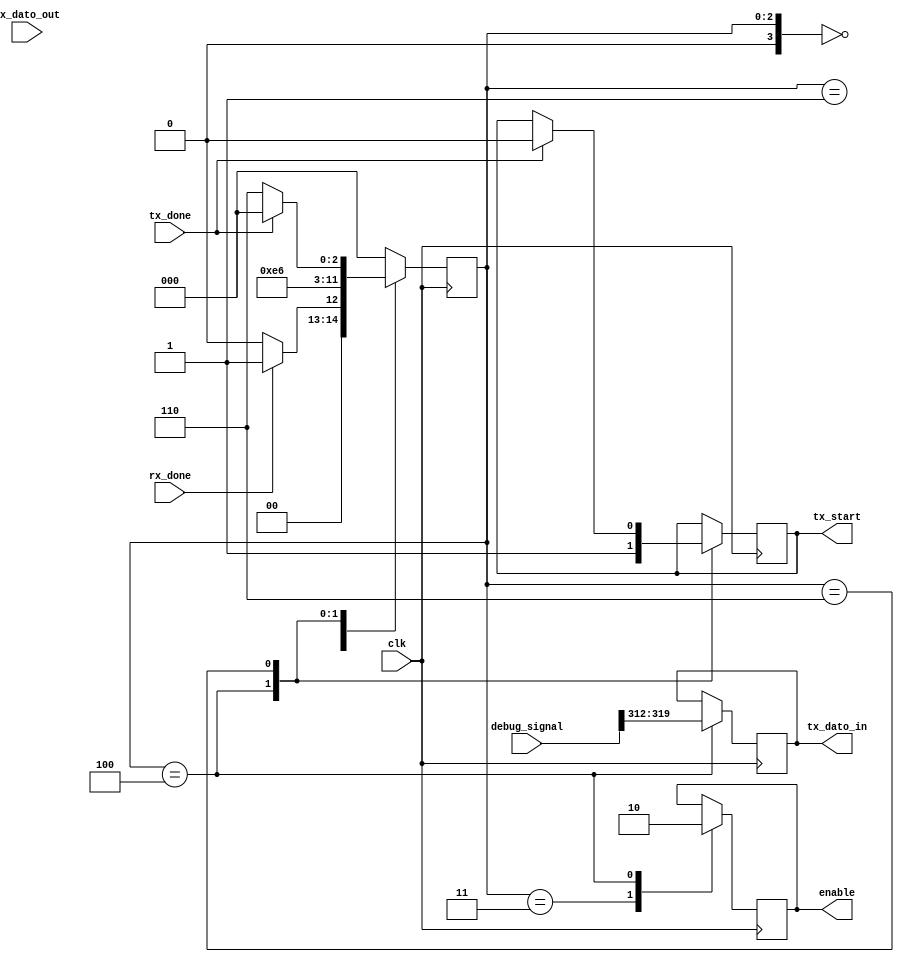
`timescale 1ns / 1ps
//////////////////////////////////////////////////////////////////////////////////
// Company: 
// Engineer: 
// 
// Design Name: 
// Module Name:    debug_unit 
// Project Name: 
// Target Devices: 
// Tool versions: 
// Description: 
//
// Dependencies: 
//
// Revision: 
// Revision 0.01 - File Created
// Additional Comments: 
//
//////////////////////////////////////////////////////////////////////////////////
`define D_BIT 7 //Por ser de 0 a 7 son 8 bits.
`define	DEBUG 321 //+1
`define NUM_BYTES 40

module debug_unit(
										input clk,
										input [`D_BIT:0] rx_dato_out, //Recibido desde RX
										input rx_done,
										input tx_done,
										input [`DEBUG:0] debug_signal,
										//nput [9:0] PC_plus_1,
										output reg enable,
										output reg [`D_BIT:0] tx_dato_in, //Enviado a TX
										//output wire [`D_BIT:0] tx_dato_in, //Enviado a TX
										output reg tx_start
										);

localparam [3:0]		IDLE = 4'b0000,
									CONT1 = 4'b0001,
									CONT2 = 4'b0010,
									STEP1 = 4'b0011,
									STEP2 = 4'b0100,
									STEP3 = 4'b0101,
									SEND1 = 4'b0110,
									SEND2 = 4'b0111,
									DECODE = 4'b1000,
									SEND3 = 4'b1001;								


reg [`DEBUG:0] buffer;
reg [7:0] contador;
reg [7:0] contador_instruc;
reg [3:0] estado_actual;
reg [7:0] rx_dato_aux;
//assign rx_dato_aux=rx_dato_out;
initial
	begin
		tx_start <= 0;
		tx_dato_in <= 0;
		enable <= 0;
		buffer <= 0;
		contador <= 0;
		contador_instruc <= 0;
		estado_actual <= IDLE;
	end
						  
always @ (posedge clk)
case(estado_actual)
			IDLE:
				begin
				rx_dato_aux=rx_dato_out;
					if(rx_done == 1)
						begin
							estado_actual = CONT1; //Se cambia de estado.
						end
					else
						begin
							estado_actual = IDLE; //Mantiene el estado. 
						end
				end
			CONT1:
				begin					
					//if(rx_done == 0)	//PORQUE SI SE SACA ESTE IF TIRA CUALQUIER COSA?
							//begin

								/*begin
									tx_dato_in = rx_dato_out;
									tx_start = 1;
									estado_actual = SEND1;
								end*/

									if(rx_dato_aux == "s")
										begin
											//tx_dato_in = "p";
											//tx_start = 1;
											estado_actual = STEP1;
										end
									else if(rx_dato_aux == "c")
										begin
											//tx_dato_in = "0";
											//tx_start = 1;
											estado_actual = STEP1;
										end
							else 
									begin
										estado_actual = STEP1;
									end
					/*	
						end
					else
							estado_actual = IDLE;
							*/
				end
			STEP1:
				begin
				enable =1;
				estado_actual = STEP2;
				end
			STEP2:
				begin
				enable = 0;
				tx_dato_in = debug_signal[`DEBUG-2:`DEBUG-9];
				estado_actual = SEND1;
				tx_start = 1;
				end	
			SEND1:
				begin
					if(tx_done == 1)
						begin
							tx_start = 0;
							estado_actual = IDLE;
						end
					else 
						begin
							estado_actual = SEND1;
						end
				end
			default:
				begin
					estado_actual = IDLE;
				end
		endcase

/*
	always@(posedge clk) 
		begin
			//tx_start <= 0;
			case (estado_actual)
			IDLE:
				begin
					tx_start <= 0;
					if(rx_done == 1)
						begin
							estado_actual <= DECODE; //Se cambia de estado.
						end
					else
						begin
							estado_actual <= IDLE; //Mantiene el estado. 
						end
				end
			DECODE:
				begin					
					if(rx_done == 0)	//PORQUE SI SE SACA ESTE IF TIRA CUALQUIER COSA?
						begin

*/

							/*begin
								tx_dato_in = rx_dato_out;
								tx_start = 1;
								estado_actual = SEND1;
							end*/

/*

						if(rx_dato_out == "c")
							begin
								//buffer <= "p";
								//tx_start <= 1;
								//contador <= 1;
								estado_actual <= CONT1;
							end
						else if(rx_dato_out == "s")
							begin
								//buffer <= "0";
								//tx_start <= 1;
								//contador <= 1;
								estado_actual <= STEP1;
							end
						else 
								begin
									estado_actual <= IDLE;
								end
					end
				end
			
			CONT1: 
				begin
					enable <= 1;
	*/
					//Se espera a terminar la ejecucion
					/*if(debug_signal[`DEBUG:`DEBUG-9] < 62)
						estado_actual <= CONT1;
					else
						estado_actual <= CONT2;*/
	/*				if(contador_instruc > 0)
						begin
							estado_actual <= CONT1;
							contador_instruc <= 1'b1;
						end
					else
						begin
							estado_actual <= CONT2;
							contador_instruc <= 0;
						end
				end
			
			CONT2: 
				begin
					enable <= 0;		
					buffer <= debug_signal;
					contador <= `NUM_BYTES;	//Da 40,25 envios, pero creo que lo unico que perderiamos son los dos bits mas significativos del PC...
					estado_actual <= SEND1;
				end
			
			STEP1: 
				begin
					enable <= 1;
					estado_actual <= STEP2;
				end			
			
			STEP2: 
				begin
					enable <= 0;
					estado_actual <= STEP3;
				end
			
			STEP3: 
				begin
					contador <= `NUM_BYTES;
					buffer <= debug_signal;
					estado_actual <= SEND1;
				end
			
			SEND1: 
				begin
					tx_start <= 1;
					contador <= contador - 1'b1;
					estado_actual <= SEND2;
				end
				
			SEND2: 
				begin
					if(tx_done == 1)
						begin
							tx_start <= 0;
							estado_actual <= SEND3;
						end
					else 
						begin
							estado_actual <= SEND2;
					end
*/	
	/*tx_start <= 1;
					contador <= contador - 1'b1;
					estado_actual <= SEND2;*/
	/*			end

			SEND3: 
				begin
		*/			//tx_start <= 0;
					/*if(tx_done)
						begin*/
			/*				if(contador > 0) 
								begin
									buffer <= buffer >> 8;	
									tx_start <= 1;
									contador <= contador - 1'b1;
									estado_actual <= SEND2;
								end
							else 
								begin
									estado_actual <= IDLE;
								end
						//end
					end
				
		endcase
	end

   assign tx_dato_in = buffer [7:0];
*/

endmodule